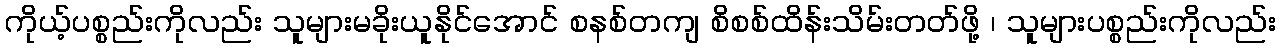
ကိုယ့်ပစ္စည်းကိုလည်း သူများမခိုးယူနိုင်အောင် စနစ်တကျ စိစစ်ထိန်းသိမ်းတတ်ဖို့ ၊ သူများပစ္စည်းကိုလည်း